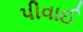
પીવાઈ